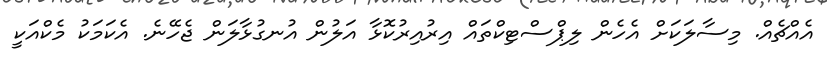
އެއްޗެއް. މިސާލަކަށް އެހެން ލިޕްސްޓިކްތައް އިރުއިރުކޮޅާ އަލުން އުނގުޅާލަން ޖެހޭނެ. އެކަމަކު މެކްއަކީ